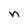
Character: n